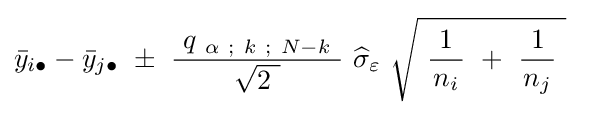
{\bar {y}}_{i\bullet }-{\bar {y}}_{j\bullet }\ \pm \ {\frac {\ q_{\ \alpha \ ;\ k\ ;\ N-k}\ }{\ {\sqrt {2\ }}\ }}\ {\widehat {\sigma }}_{\varepsilon }\ {\sqrt {\ {\frac {\ 1\ }{n_{i}}}\ +\ {\frac {\ 1\ }{n_{j}}}\ }}\